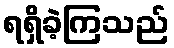
ရရှိခဲ့ကြသည်